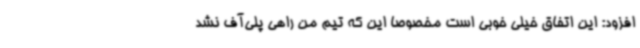
افزود: این اتفاق خیلی خوبی است مخصوصا این که تیم من راهی پلی‌آف نشد